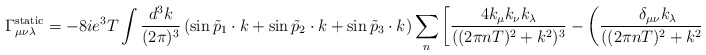
\begin{align*}\Gamma_{\mu\nu\lambda}^{\rm static} = -8ie^{3}T \int\frac{d^{3}k}{(2\pi)^{3}}\left( \sin \tilde{p}_{1}\cdot k + \sin\tilde{p}_{2}\cdot k + \sin \tilde{p}_{3}\cdot k \right) \sum_{n}\left[\frac{4k_{\mu}k_{\nu}k_{\lambda}}{((2\pi nT)^{2}+k^{2})^{3}} - \left(\frac{\delta_{\mu\nu} k_{\lambda}}{((2\pi nT)^{2}+k^{2})^{2}}+ {\rm cyclic}\right)\right]\end{align*}